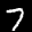
Label: 7